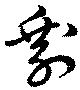
剰